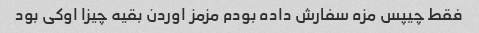
فقط چیپس مزه سفارش داده بودم مزمز اوردن بقیه چیزا اوکی بود